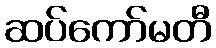
ဆပ်ကော်မတီ